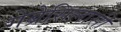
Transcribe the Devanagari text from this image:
गेब्रेसिलासी